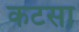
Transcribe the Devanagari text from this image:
कटसा